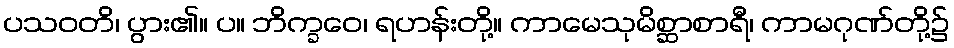
ပသဝတိ၊ ပွား၏။ ပ။ ဘိက္ခဝေ၊ ရဟန်းတို့။ ကာမေသုမိစ္ဆာစာရီ၊ ကာမဂုဏ်တို့၌